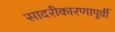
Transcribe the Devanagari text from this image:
सादरीकारणापूर्वी